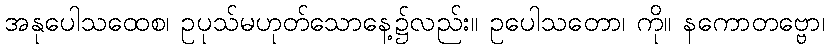
အနုပေါသထေစ၊ ဥပုသ်မဟုတ်သောနေ့၌လည်း။ ဥပေါသတော၊ ကို။ နကောတဗ္ဗော၊